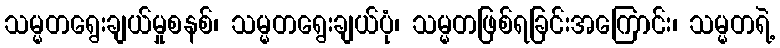
သမ္မတရွေးချယ်မှုစနစ်၊ သမ္မတရွေးချယ်ပုံ၊ သမ္မတဖြစ်ရခြင်းအကြောင်း၊ သမ္မတရဲ့